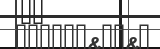
١٩